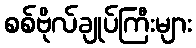
စစ်ဗိုလ်ချုပ်ကြီးများ